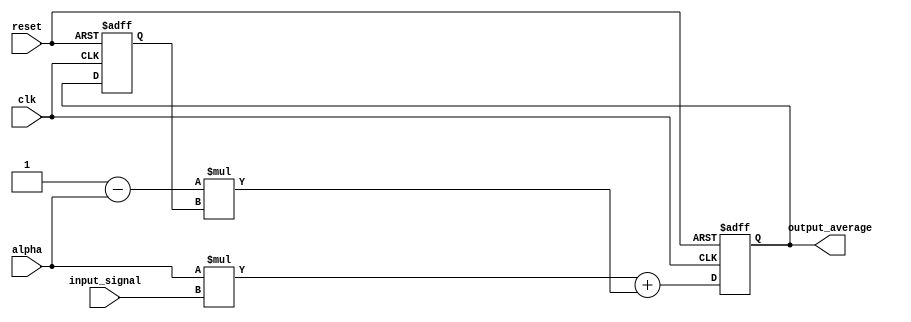
module exp_mov_avg_accumulator (
    input wire clk,
    input wire reset,
    input wire [15:0] input_signal,
    input wire [15:0] alpha,
    output reg [15:0] output_average
);

reg [15:0] prev_average;

always @(posedge clk or posedge reset) begin
    if (reset) begin
        prev_average <= 16'b0;
        output_average <= 16'b0;
    end else begin
        output_average <= alpha * input_signal + (16'd1 - alpha) * prev_average;
        prev_average <= output_average;
    end
end

endmodule